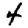
Digit: 4